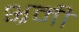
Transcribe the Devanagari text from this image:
भ्रमी